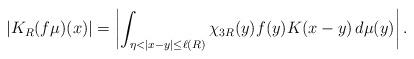
LaTeX: \begin{align*}|K_R(f\mu)(x)| &=\left|\int_{\eta<|x-y| \leq\ell(R)} \chi_{3R}(y) f(y)K(x-y) \,d\mu(y)\right|. \end{align*}